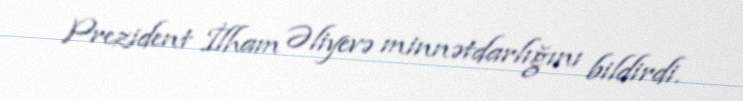
Prezident İlham Əliyevə minnətdarlığını bildirdi.